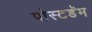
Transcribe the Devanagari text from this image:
पोस्टडॅम